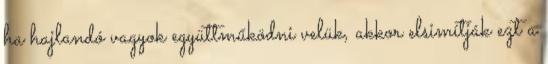
ha hajlandó vagyok együttműködni velük, akkor elsimítják ezt a